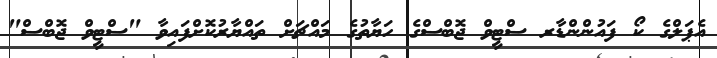
އެޕަލްގެ ކޯ ފައުންންޑާރ ސްޓީވް ޖޮބްސްގެ ހަޔާތުގެ މައްޗަށް ތައްޔާރުކޮށްފައިވާ "ސްޓީވް ޖޮބްސް"